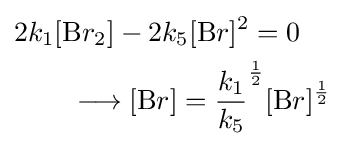
{\begin{aligned}&2k_{1}[{\ce {B}}r_{2}]-2k_{5}[{\ce {B}}r]^{2}=0\\&\qquad \longrightarrow [{\ce {B}}r]={\frac {k_{1}}{k_{5}}}^{\frac {1}{2}}[{\ce {B}}r]^{\frac {1}{2}}\end{aligned}}